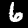
Digit: 6